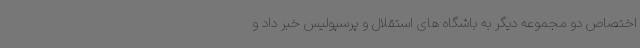
اختصاص دو مجموعه دیگر به باشگاه های استقلال و پرسپولیس خبر داد و